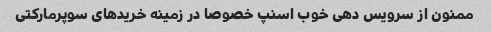
ممنون از سرویس دهی خوب اسنپ خصوصا در زمینه خرید‌های سوپرمارکتی